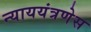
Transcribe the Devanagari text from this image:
न्याययंत्रणेस